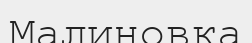
Малиновка